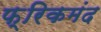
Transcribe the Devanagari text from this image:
फ्रिकमंद